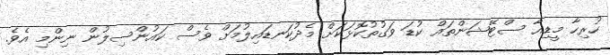
ހުރިހާ މީޑިއާ ސްޓޭޝަންތައް ކުޑަ ވަގުތުކޮޅަކަށް މެދުކަނޑައިލުމަށް ވެސް ކައުންސިލުން ނިންމި އެވެ.